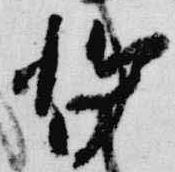
暫